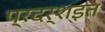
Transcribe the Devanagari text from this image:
प्रदर्शइत